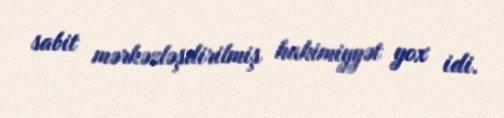
sabit mərkəzləşdirilmiş hakimiyyət yox idi.